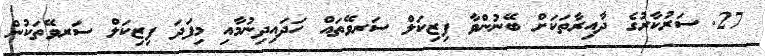
27. ސަރުކާރުގެ ދާއިރާތަކަށް ބޭނުންވާ ފިޒިކަލް ސަރވޭތައް ހަދައިދިނުމާއި މިފަދަ ފިޒިކަލް ސަރވޭތަކުން